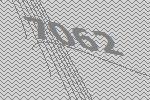
7062